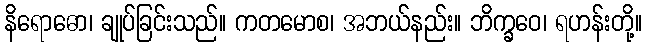
နိရောဓော၊ ချုပ်ခြင်းသည်။ ကတမောစ၊ အဘယ်နည်း။ ဘိက္ခဝေ၊ ရဟန်းတို့။